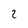
Character: 2